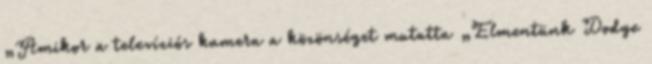
„Amikor a televíziós kamera a közönséget mutatta „Elmentünk Dodge